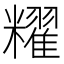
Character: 䊮